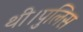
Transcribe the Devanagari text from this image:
थी।पुलिस